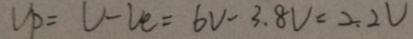
V _ { p } = U - V e = 6 V - 3 . 8 V = 2 . 2 V